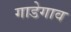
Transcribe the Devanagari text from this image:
गाडेगाव